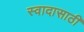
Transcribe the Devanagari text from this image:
स्वादासाठी